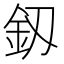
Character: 釼